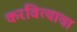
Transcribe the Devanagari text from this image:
करवित्याचा